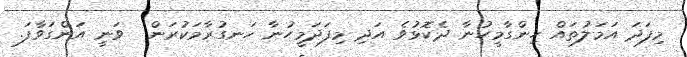
މިފަދަ އަމަލުތައް ހިންގާމީހުނާ ދެކޮޅުވެ އަދި މިފަދަމީހުނާ ހަނގުރާމަކުރަން  ވަނީ އަންގަވާފަ.